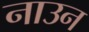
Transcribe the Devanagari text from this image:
नाउन